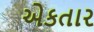
એકતાર